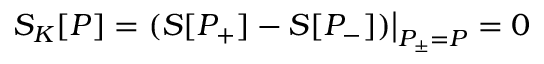
{ \cal S } _ { K } [ { \cal P } ] = ( { \cal S } [ P _ { + } ] - { \cal S } [ P _ { - } ] ) \bigr | _ { P _ { \pm } = { \cal P } } = 0